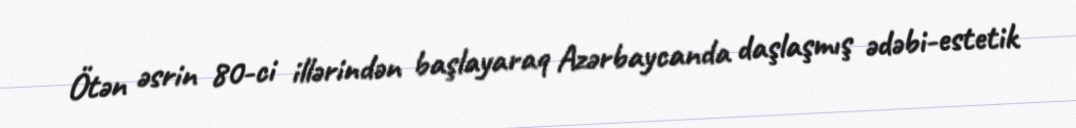
Ötən əsrin 80-ci illərindən başlayaraq Azərbaycanda daşlaşmış ədəbi-estetik